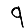
Digit: 9